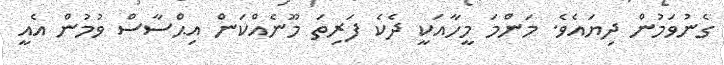
ގެނުވަމުން ދިޔައެވެ. މަންމަ މީހާއަކީ ދެކެ ފަރިތަ މޫނެއްކަން އިޙްސާސް ވުމުން އެއީ